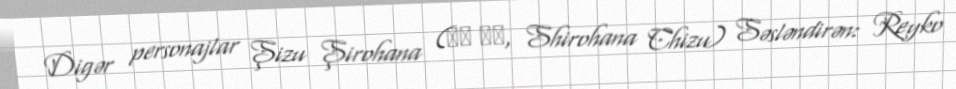
Digər personajlar Şizu Şirohana (白花 チヅ, Shirohana Chizu) Səsləndirən: Reyko